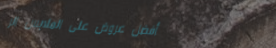
أفضل عروض على الملابس الر